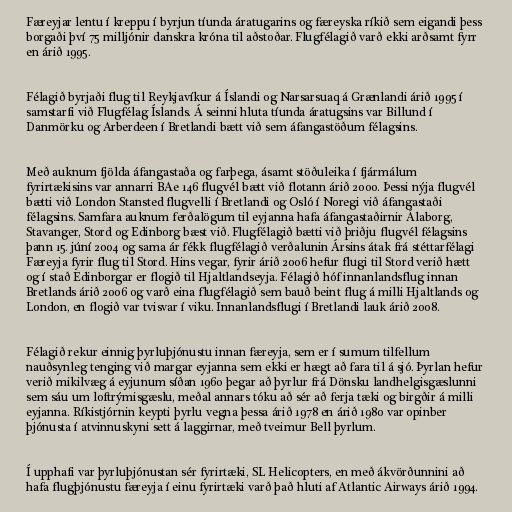
Færeyjar lentu í kreppu í byrjun tíunda áratugarins og færeyska ríkið sem eigandi þess
borgaði því 75 milljónir danskra króna til aðstoðar. Flugfélagið varð ekki arðsamt fyrr
en árið 1995.

Félagið byrjaði flug til Reykjavíkur á Íslandi og Narsarsuaq á Grænlandi árið 1995 í
samstarfi við Flugfélag Íslands. Á seinni hluta tíunda áratugsins var Billund í
Danmörku og Arberdeen í Bretlandi bætt við sem áfangastöðum félagsins.

Með auknum fjölda áfangastaða og farþega, ásamt stöðuleika í fjármálum
fyrirtækisins var annarri BAe 146 flugvél bætt við flotann árið 2000. Þessi nýja flugvél
bætti við London Stansted flugvelli í Bretlandi og Osló í Noregi við áfangastaði
félagsins. Samfara auknum ferðalögum til eyjanna hafa áfangastaðirnir Álaborg,
Stavanger, Stord og Edinborg bæst við. Flugfélagið bætti við þriðju flugvél félagsins
þann 15. júní 2004 og sama ár fékk flugfélagið verðalunin Ársins átak frá stéttarfélagi
Færeyja fyrir flug til Stord. Hins vegar, fyrir árið 2006 hefur flugi til Stord verið hætt
og í stað Edinborgar er flogið til Hjaltlandseyja. Félagið hóf innanlandsflug innan
Bretlands árið 2006 og varð eina flugfélagið sem bauð beint flug á milli Hjaltlands og
London, en flogið var tvisvar í viku. Innanlandsflugi í Bretlandi lauk árið 2008.

Félagið rekur einnig þyrluþjónustu innan færeyja, sem er í sumum tilfellum
nauðsynleg tenging við margar eyjanna sem ekki er hægt að fara til á sjó. Þyrlan hefur
verið mikilvæg á eyjunum síðan 1960 þegar að þyrlur frá Dönsku landhelgisgæslunni
sem sáu um loftrýmisgæslu, meðal annars tóku að sér að ferja tæki og birgðir á milli
eyjanna. Ríkistjórnin keypti þyrlu vegna þessa árið 1978 en árið 1980 var opinber
þjónusta í atvinnuskyni sett á laggirnar, með tveimur Bell þyrlum.

Í upphafi var þyrluþjónustan sér fyrirtæki, SL Helicopters, en með ákvörðunnini að
hafa flugþjónustu færeyja í einu fyrirtæki varð það hluti af Atlantic Airways árið 1994.